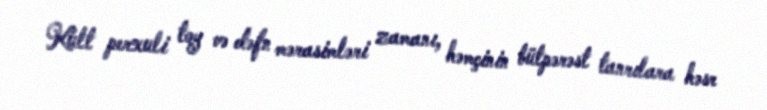
Kult perxuli toy və dəfn mərasimləri zamanı, həmçinin bütpərəst tanrılara həsr